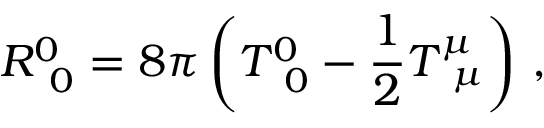
R _ { \, \, \, 0 } ^ { 0 } = 8 \pi \left( T _ { \, \, \, 0 } ^ { 0 } - \frac { 1 } { 2 } T _ { \, \, \, \mu } ^ { \mu } \right) \, ,